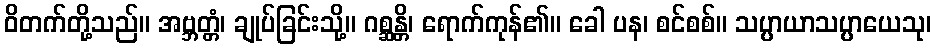
ဝိတက်တို့သည်။ အဗ္ဘတ္တံ၊ ချုပ်ခြင်းသို့။ ဂစ္ဆန္တိ၊ ရောက်ကုန်၏။ ခေါ ပန၊ စင်စစ်။ သပ္ပာယာသပ္ပာယေသု၊